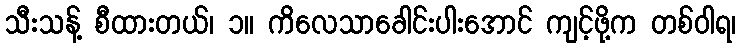
သီးသန့် စီထားတယ်၊ ၁။ ကိလေသာခေါင်းပါးအောင် ကျင့်ဖို့က တစ်ဝါရ၊